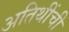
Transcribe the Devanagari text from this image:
अतिथींची